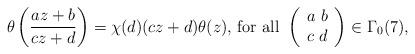
LaTeX: \begin{align*}\theta\left(\frac{az+b}{cz+d}\right)=\chi(d)(cz+d)\theta(z)\textrm{, for all }\left(\begin{array}{cc}a\textrm{ }b\\c\textrm{ }d\end{array}\right)\in \Gamma_0(7),\end{align*}